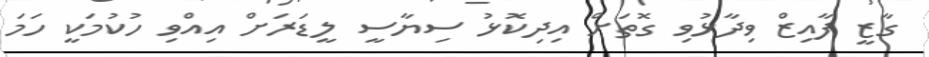
ގާޒީ ފާއިޒް ވިދާޅުވި ގޮތަށް އިދިކޮޅު ސިޔާސީ ލީޑަރަށް އިއްވި ހުކުމަކީ ހަމަ